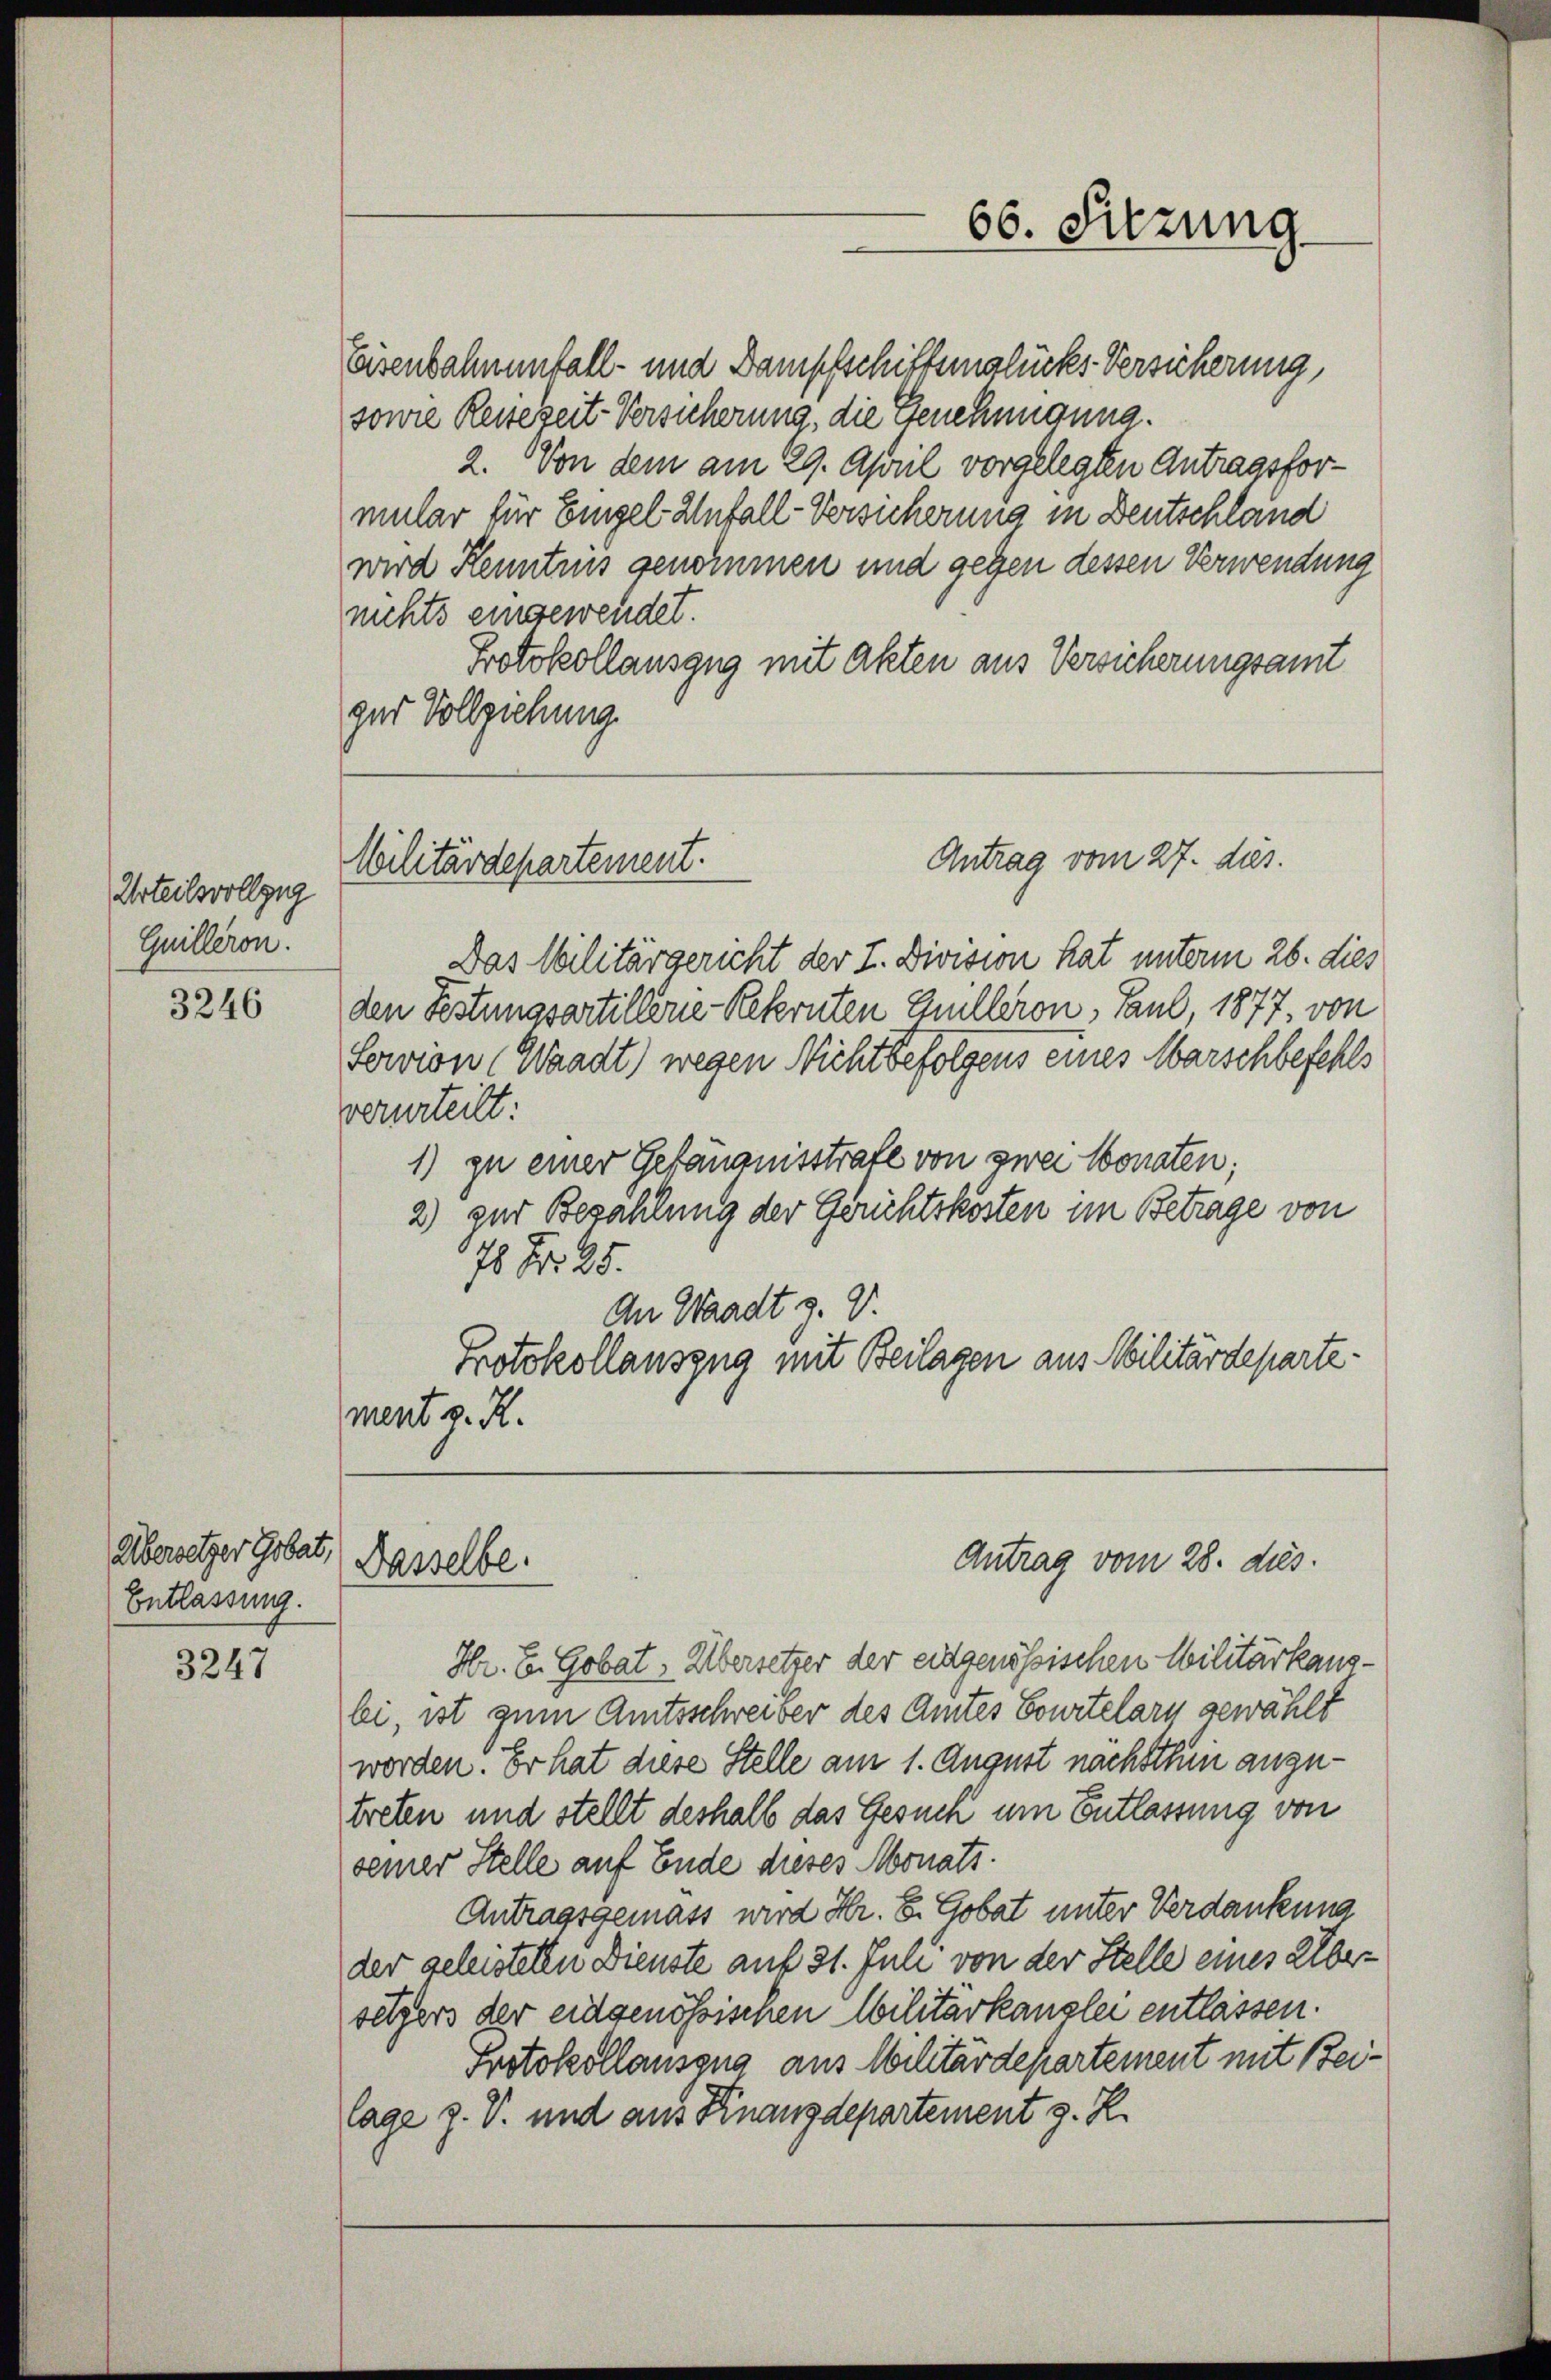
Urteilsvollzug
Guilleron.

3246

Übersetzer Gobat,
Entlassung.

3247

Eisenbahnenfall- und Dampfschiffenglücks Versicherung,
sowie Reise zeit- Versicherung, die Genehmigung.
2. Von dem am 29. April vorgelegten Antragsformular für Eingel Unfall-Versicherung in Deutschland
wird Kenntnis genommen und gegen dessen Verwendung
nichts eingewendet.
Protokollauszug mit Akten aus Versicherungsamt
gar Vollziehung.

Militärdepartement.

66. Sitzung

Antrag vom 27. dies.

Antrag vom 28. dies
Dasselbe.

Das Militärgericht der I. Division hat unterm 26. dies
den Festungsartillerie-Rekruten Thülleron, Paul 1877, von
Forvion (Waadt) wegen Nichtbefolgens eines Marschbefehls
verurteilt:
1) zu einer Gefängnisstrafe von zwei Monaten;
2) zur Bezahlung der Gerichtskosten im Betrage von
7 Nr. 25.
An Waadt z.
Protokollauszug mit Beilagen aus Militärdepartement z. R.

Hr. E. Gobat, Übersetzer der eidgenössischen Militärkausbei, ist zum Amtsschreiber des Amtes Courtelarn gewählt
worden. Er hat diese Stelle am 1. August nachsthin anzutreten und stellt deshalb das Gesuch um Entlassung von
seiner Stelle auf Ende dieses Monats¬
Antragsgemäss wird Hr. S. Gobat unter Verdankung
der geleisteten Dienste auf 31. Juni von der Stelle eines Übersetzers der eidgenössischen Militärkanzlei entlassen.
Protokollauszug aus Militärdepartement mit Beilage z. V. und aus Knanzdepartement z. R.